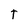
Character: T